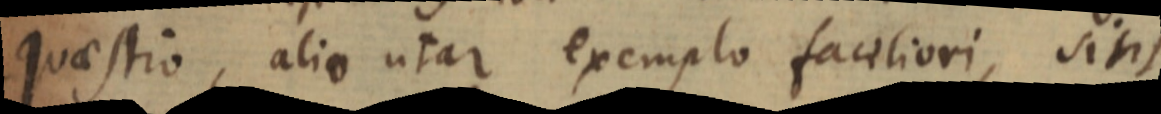
quaestio, alio utar exemplo faciliori, sint